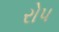
રોપ